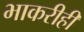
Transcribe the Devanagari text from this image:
भाकरीही